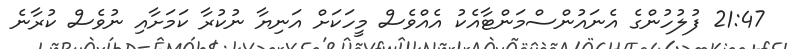
21:47 ފުލުހުންގެ އެނައުންސްމަންޓާއެކު އެއްވެސް މީހަކަށް އަނިޔާ ނުކުރާ ކަމަށާއި ނުވެސް ކުރާނެ